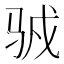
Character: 𱅍